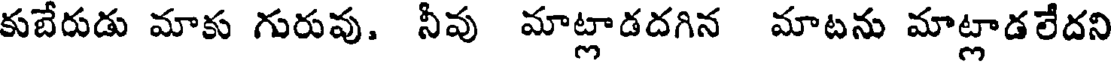
కుబేరుడు మాకు గురువు. నీవు మాట్లాడదగిన మాటను మాట్లాడలేదని